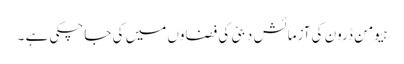
ہیومن ڈرون کی آزمائش دبئی کی فضاوں میں کی جاچکی ہے ۔